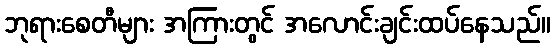
ဘုရားစေတီများ အကြားတွင် အလောင်းချင်းထပ်နေသည်။